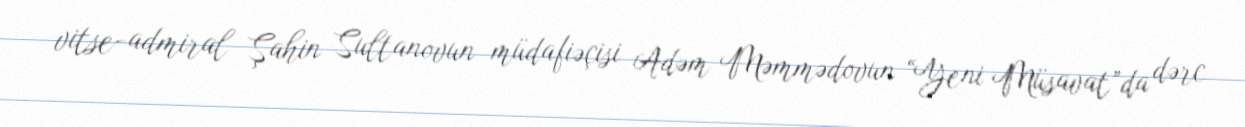
vitse-admiral Şahin Sultanovun müdafiəçisi Adəm Məmmədovun “Yeni Müsavat”da dərc